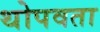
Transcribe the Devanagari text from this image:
थोपवता